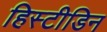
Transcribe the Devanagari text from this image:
हिस्टीडिन